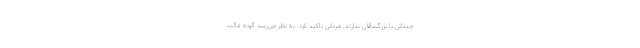
چندانی با بزرگسالان ندارند. مردانی تاکید کرد: به نظر می‌رسد گونه غالب